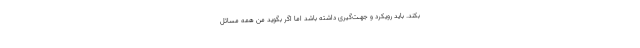
بکند. باید رویکرد و جهـت‌گیری داشته باشد اما اگر بگوید من همه مسائل